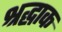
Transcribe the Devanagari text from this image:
श्रद्धाक